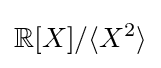
\mathbb {R} [X]/\langle X^{2}\rangle